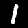
Label: 1